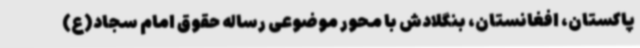
پاکستان، افغانستان، بنگلادش با محور موضوعی رساله حقوق امام سجاد(ع)